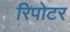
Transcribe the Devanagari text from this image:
रिपोटर